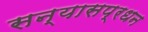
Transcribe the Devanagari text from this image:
सन्यासप्रधन